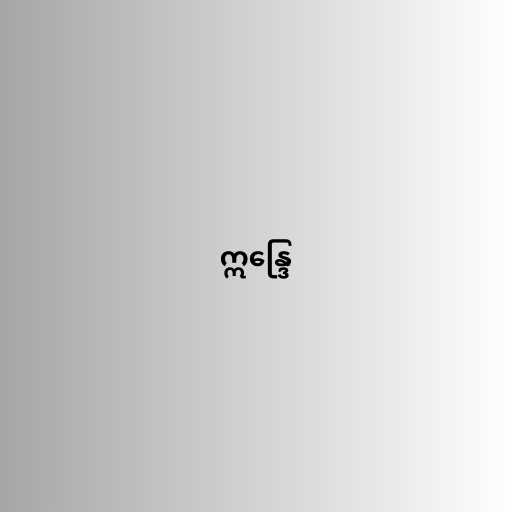
ဣန္ဒြေ